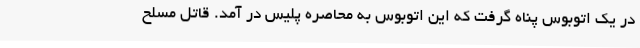
در یک اتوبوس پناه گرفت که این اتوبوس به محاصره پلیس در آمد. قاتل مسلح